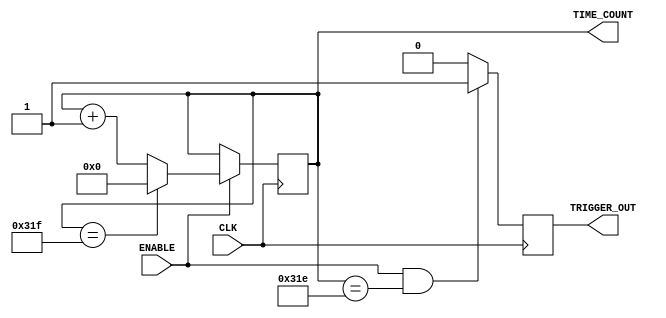
`timescale 1ns / 1ps
//////////////////////////////////////////////////////////////////////////////////
// Company: 
// 
// Create Date:    
// Design Name: 
// Module Name:    Counter 
// Project Name: 
// Target Devices: 
// Tool versions: 
// Description: 
//
// Dependencies: 
//
// Revision: 
// Revision 0.01 - File Created
// Additional Comments: 
//
//////////////////////////////////////////////////////////////////////////////////
module Counter(
	CLK, 								//clock signal
	ENABLE,							//trigger input
	TRIGGER_OUT,					//trigger output
	TIME_COUNT						//counts synch time
    );
	
	parameter MaxValue  = 799;	//parameters for the max value
	parameter Size = 10;			//and the size required for that value
	parameter InitialValue = MaxValue;
	
	input CLK;						//define as input
	input ENABLE;					//the same
	output reg TRIGGER_OUT;		//output and register
	output reg [Size - 1: 0] TIME_COUNT;	//bit array for holding bigger values & output & register
	
	initial begin					//initial values for simulation purpose
		TRIGGER_OUT = 0;
		TIME_COUNT = InitialValue;
	end
	
	always@(posedge CLK) begin
		if (ENABLE) begin							//if enabled counting
			if (TIME_COUNT == MaxValue)		//if max value reached -> reset
				TIME_COUNT <= 0;
			else
				TIME_COUNT <= TIME_COUNT + 1;	//else add one
		end
	end

	always @(posedge CLK) begin//-1
		if (ENABLE && (TIME_COUNT == MaxValue-1)) 	//if enabled counting & max value reached
			TRIGGER_OUT <= 1;	
		else													//then trigger out a pulse for one clock cycle
			TRIGGER_OUT <= 0;								//else don trigger pulse
	end
endmodule